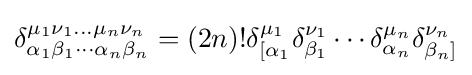
\delta _{\alpha _{1}\beta _{1}\cdots \alpha _{n}\beta _{n}}^{\mu _{1}\nu _{1}...\mu _{n}\nu _{n}}=(2n)!\delta _{\lbrack \alpha _{1}}^{\mu _{1}}\delta _{\beta _{1}}^{\nu _{1}}\cdots \delta _{\alpha _{n}}^{\mu _{n}}\delta _{\beta _{n}]}^{\nu _{n}}